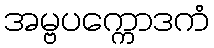
အမ္ဗပက္ကောဒကံ